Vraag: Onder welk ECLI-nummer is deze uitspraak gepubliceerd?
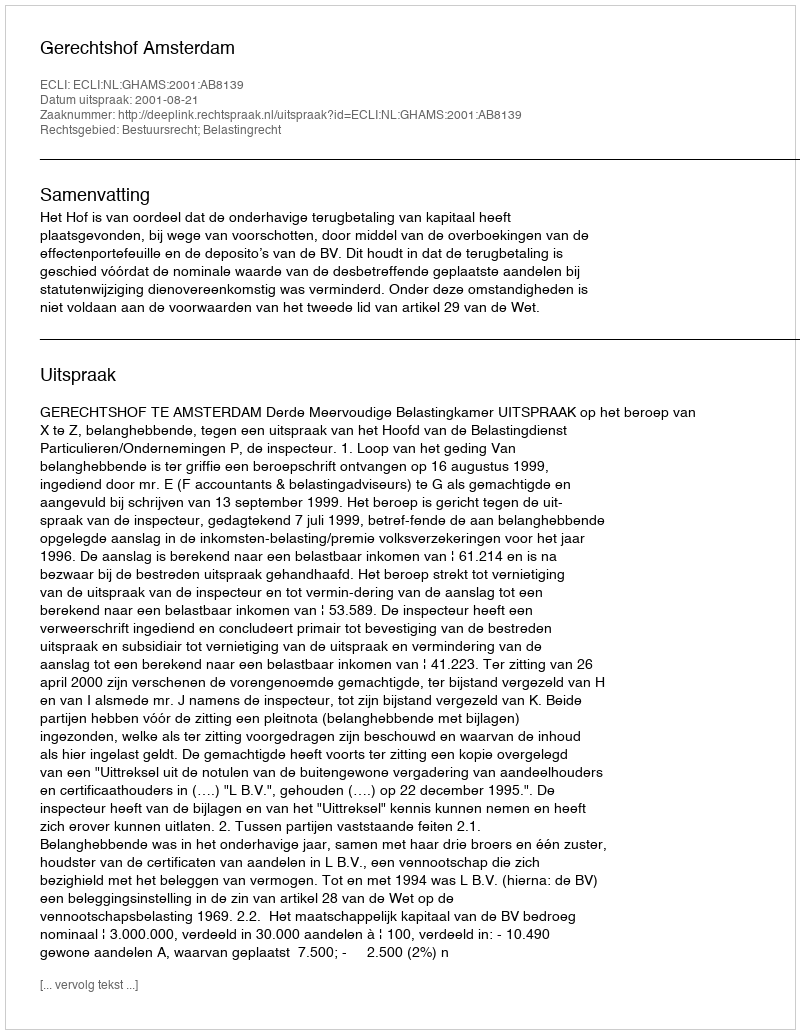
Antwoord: ECLI:NL:GHAMS:2001:AB8139